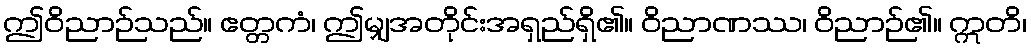
ဤဝိညာဉ်သည်။ ဧတ္တကံ၊ ဤမျှအတိုင်းအရှည်ရှိ၏။ ဝိညာဏဿ၊ ဝိညာဉ်၏။ ဣတိ၊